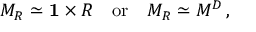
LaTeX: M _ { R } \simeq { \bf 1 } \times R \quad \mathrm { o r } \quad M _ { R } \simeq M ^ { D } \, ,